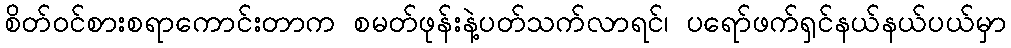
စိတ်ဝင်စားစရာကောင်းတာက စမတ်ဖုန်းနဲ့ပတ်သက်လာရင်၊ ပရော်ဖက်ရှင်နယ်နယ်ပယ်မှာ